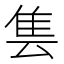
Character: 𱁆